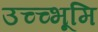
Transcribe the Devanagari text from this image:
उच्च्भूमि